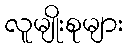
လူမျိုးစုများ